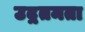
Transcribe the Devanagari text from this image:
उद्गतमता